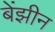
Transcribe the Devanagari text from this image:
बेंझीन